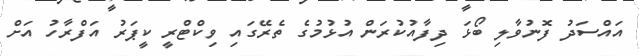
އައްސަދު ފޮނުވާލި ބޯޅަ ދިފާއުކުރަން އުޅުމުގެ ތެރޭގައި ވިކްޓްރީ ކީޕަރު އަފްރާހު އަށް